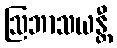
ဩဘာသယန္တီ